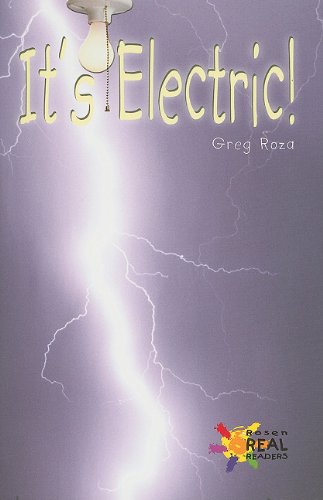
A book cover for It's Electric! (Rosen Real Readers: Fluency); Greg Roza; Children's Books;